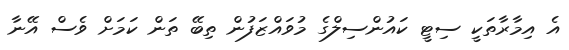
އެ އިމާރާތަކީ ސިޓީ ކައުންސިލްގެ މުވައްޒަފުން ތިބޭ ތަން ކަމަށް ވެސް އޭނާ